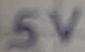
Text: 5V